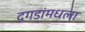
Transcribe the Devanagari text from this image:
दगडांमधला